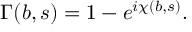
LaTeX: \Gamma ( b , s ) = 1 - e ^ { i \chi ( b , s ) } .